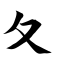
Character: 夂